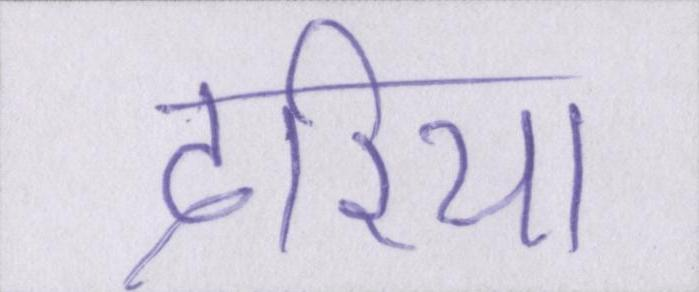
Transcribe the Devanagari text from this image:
दरिया